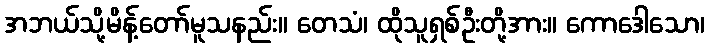
အဘယ်သို့မိန့်တော်မူသနည်း။ တေသံ၊ ထိုသူရှစ်ဦးတို့အား။ ကောဒေါသော၊